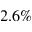
2 . 6 \%